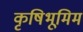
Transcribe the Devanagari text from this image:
कृषिभूमिम